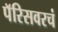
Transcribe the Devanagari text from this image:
पॅरिसवरचं